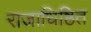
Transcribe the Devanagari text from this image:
राजाधिष्ठित